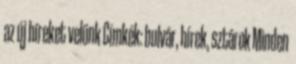
az új híreket velünk Címkék: bulvár, hírek, sztárok Minden